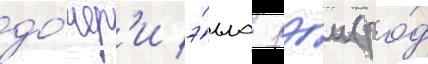
до́чер'и э́лла рэи (ро́д